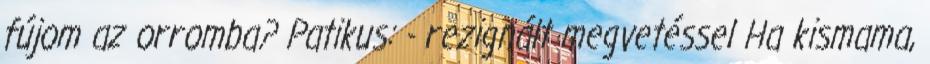
fújom az orromba? Patikus: - rezignált megvetéssel Ha kismama,